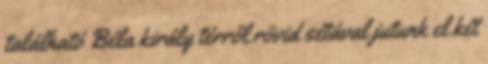
található Béla király térről rövid sétával jutunk el két